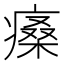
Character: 𤸯